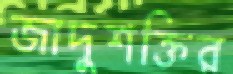
জাদুশক্তির